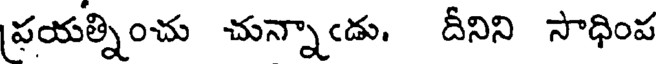
ప్రయత్నించు చున్నాఁడు. దీనిని సాధింప